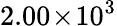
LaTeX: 2.00\! \times\! 10^{3}